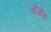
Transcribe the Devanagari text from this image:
तोजोला